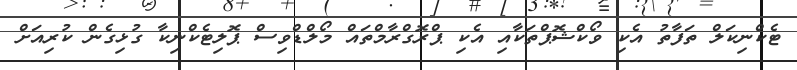
ޓެކްނިކަލް ތަފާތު އެކި ވޯކްޝޮޕްތަކާއި އެކި ޕްރޮގްރާމްތައް މޯލްޑްވިސް ޕޮލިޓެކްނިކާ ގުޅިގެން ކުރިއަށް